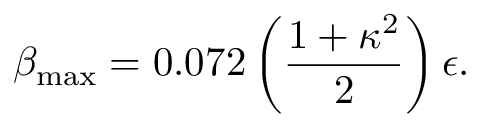
\beta _ { \mathrm { m a x } } = 0 . 0 7 2 \left( { \frac { 1 + \kappa ^ { 2 } } { 2 } } \right) \epsilon .